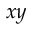
x y